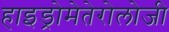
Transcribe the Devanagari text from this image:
हाइड्रोमेतेरोलोजी